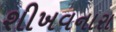
શીખવનારા